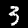
Label: 3